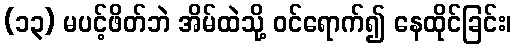
(၁၃) မပင့်ဖိတ်ဘဲ အိမ်ထဲသို့ ဝင်ရောက်၍ နေထိုင်ခြင်း၊